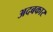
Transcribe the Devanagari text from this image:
अदबकार